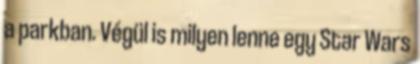
a parkban. Végül is milyen lenne egy Star Wars